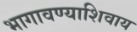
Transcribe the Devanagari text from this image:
भागावण्याशिवाय